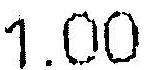
1.00